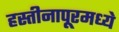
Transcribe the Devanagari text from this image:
हस्तीनापूरमध्ये